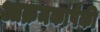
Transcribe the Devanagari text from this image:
आक्रमकांपैकी